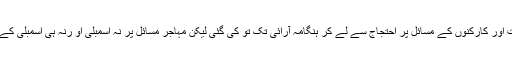
برسہا برس سے قیادت اور کارکنوں کے مسائل پر احتجاج سے لے کر ہنگامہ آرائی تک تو کی گئی لیکن مہاجر مسائل پر نہ اسمبلی او رنہ ہی اسمبلی کے باہر کوئی بات ہوئی۔